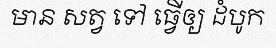
មាន សត្វ ទៅ ធ្វើឲ្យ ដំបូក